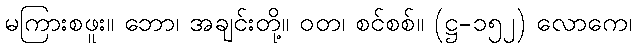
မကြားစဖူး။ ဘော၊ အချင်းတို့။ ဝတ၊ စင်စစ်။ (ဋ္ဌ-၁၅၂) လောကေ၊